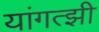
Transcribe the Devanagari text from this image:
यांगत्झी